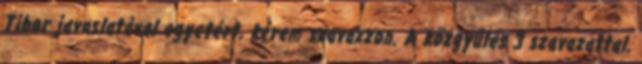
Tibor javaslatával egyetért, kérem szavazzon. A közgyűlés 3 szavazattal,